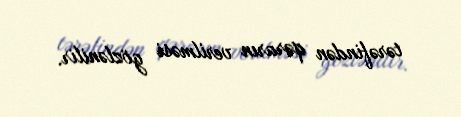
tərəfindən qərarın verilməsi gözlənilir.